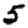
Digit: 5